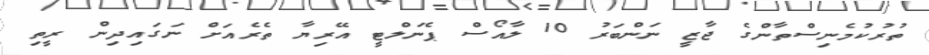
ތުރުކުމެނިސްތާންގެ ޖާޒީ ނަންބަރު 10 ލާއޯސް ޕެނަލްޓީ އޭރިޔާ ތެރެއަށް ނަގައިދިން ރީތި